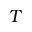
T